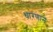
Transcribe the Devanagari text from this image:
धारणाने